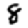
Digit: 8